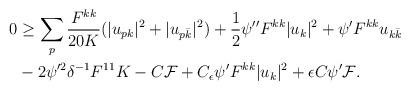
LaTeX: \begin{align*}\begin{aligned} 0 &\geq \sum_p\frac{F^{kk}}{20K}(|u_{pk}|^2 + |u_{p\bar k}|^2) +\frac{1}{2}\psi'' F^{kk}|u_k|^2 + \psi' F^{kk}u_{k\bar k} \\&- 2\psi'^2\delta^{-1}F^{11}K - C\mathcal{F}+ C_\epsilon\psi'F^{kk}|u_k|^2 + \epsilon C\psi'\mathcal{F}. \end{aligned}\end{align*}